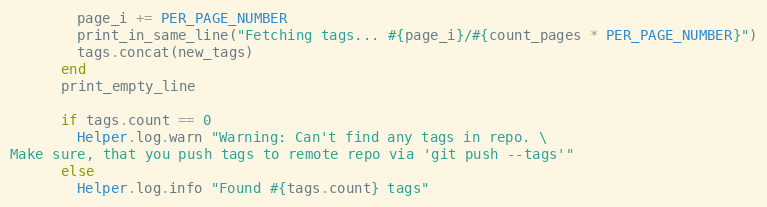
Language: Ruby
        page_i += PER_PAGE_NUMBER
        print_in_same_line("Fetching tags... #{page_i}/#{count_pages * PER_PAGE_NUMBER}")
        tags.concat(new_tags)
      end
      print_empty_line

      if tags.count == 0
        Helper.log.warn "Warning: Can't find any tags in repo. \
Make sure, that you push tags to remote repo via 'git push --tags'"
      else
        Helper.log.info "Found #{tags.count} tags"